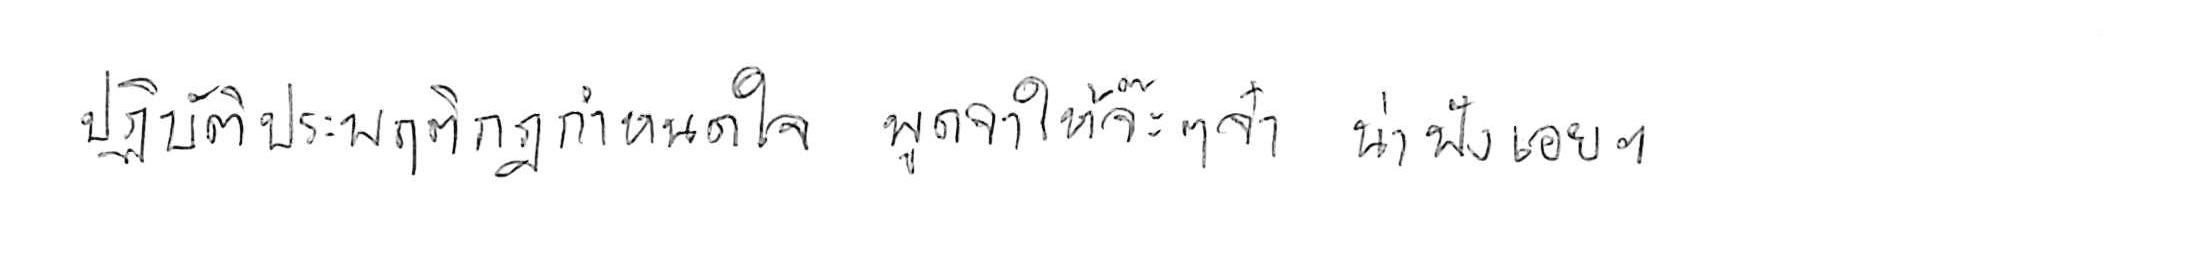
ปฏิบัติประพฤติกฎกำหนดใจ พูดจาให้จ๊ะๆ จ๋า น่าฟังเอยฯ